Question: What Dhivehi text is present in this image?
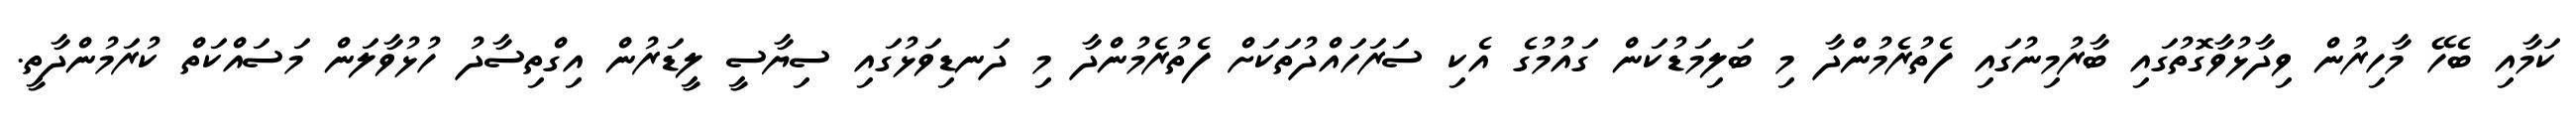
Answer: ކަމާއި ބެހޭ މާހިރުން ވިދާޅުވާގޮތުގައި ބާރުމިނުގައި ފެތުރެމުންދާ މި ބަލިމަޑުކަން ގައުމުގެ އެކި ސަރަހައްދުތަކަށް ފެތުރެމުންދާ މި ދަނޑިވަޅުގައި ސިޔާސީ ލީޑަރުން އިގްތިސާދު ހުޅުވާލަން މަސައްކަތް ކުރަމުންދާތީ.